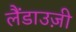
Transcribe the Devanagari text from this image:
लैंडाउज़ी